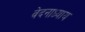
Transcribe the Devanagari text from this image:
वेदनाध्याय